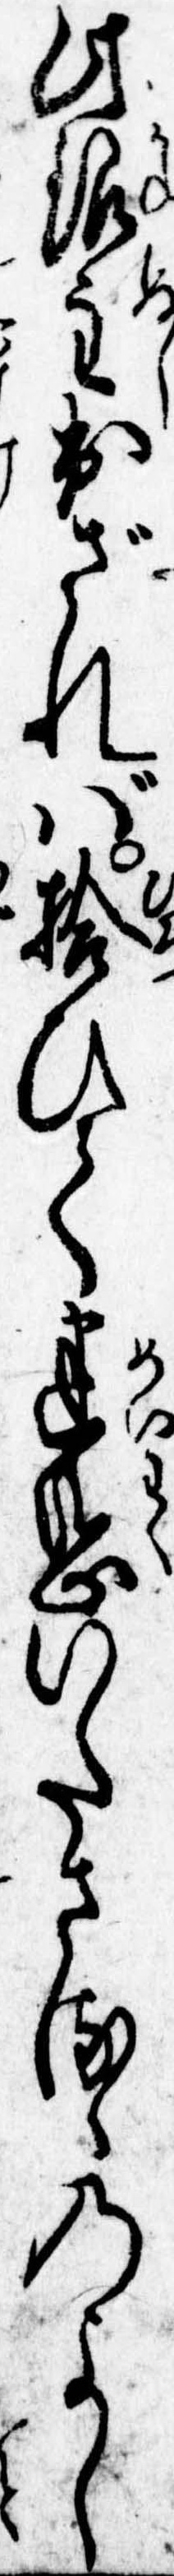
此銀主出ざれば拾ひて迷惑いたさるゝのよし